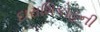
દારાશિકોહની